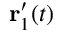
\mathbf { r } _ { 1 } ^ { \prime } ( t )